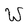
Character: W